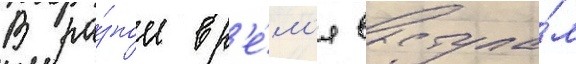
В ра́зное вр'е́м'я выступа́л